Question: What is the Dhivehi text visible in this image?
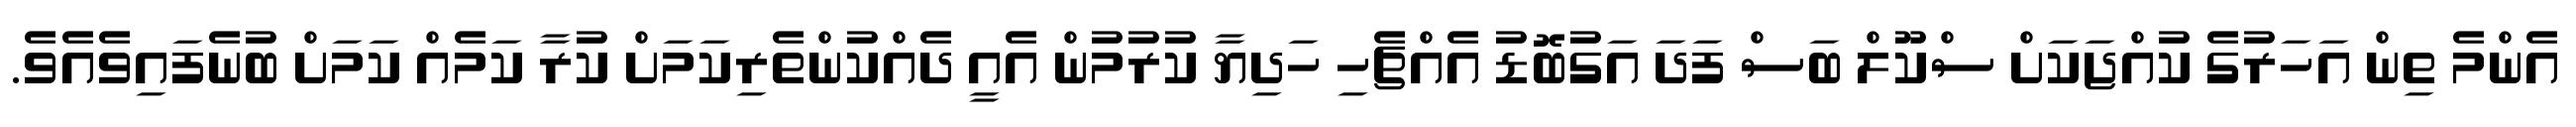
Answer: އެންމެ ތިން އަހަރުގެ ކުއްޖަކަށް ސްކޫލް ބަސް ފަދަ އަގުބޮޑު އެއްޗެހި ހަދިޔާ ކުރުމުން އެއީ ދެއްކުންތެރިކަމަށް ކުރާ ކަމެއް ކަމަށް ބުނެފައިވެއެވެ.